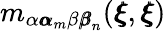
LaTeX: m_{\alpha{\pmb\alpha}_{m}\beta{\pmb\beta}_{n}}({\pmb\xi},{\pmb\xi})